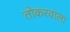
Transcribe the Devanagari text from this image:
तोकरवाला